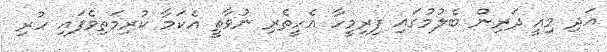
އަދި މިއީ ދަރިން ބެލުމުގައި ފިރިމީހާ އެހީތެރި ނުވާތީ އެކަމާ ކުރިމަތިވެފައި ހުރި